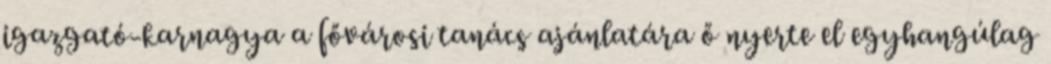
igazgató-karnagya a fővárosi tanács ajánlatára ő nyerte el egyhangúlag